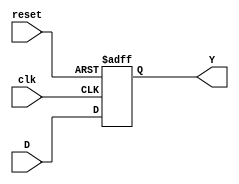


module FLIP (input clk, reset, D,
            output reg Y);
        always @ (posedge clk or posedge reset)begin
            if (reset) begin
                Y <= 1'b0;
            end
            else begin
                Y <= D;
            end
        end
endmodule


//Ejercicio 1

module ejercicio1(input A, B, clk, reset, output wire Y, output wire [1:0] S02, S12);
        wire S0, S1, S01, S11;
        assign S01 = (~S1 & ~S0 & A);
        assign S11 = (S0 & B) | (S1 & A & B);
        FLIP U1(clk, reset, S01, S0);
        FLIP U2(clk, reset, S11, S1);
        assign Y = (S1 & ~S0 & A & B);
        assign S02 = {S1 , S0};
        assign S12 = {S11, S01};

endmodule


//Ejercicio 3

module ejercicio3(input A, clk, reset, output wire Y1, Y2, Y3, output wire [2:0] S02, S12);
    wire S0, S1, S2, S00, S11, S22;

    assign S22 = (S2 & S1 & ~A) | (S2 & ~S0 & A) | (S2 & ~S1 & S0) | (~S2 & ~S1 & S0 & ~A) | (~S2 & S1 & S0 & A);
    assign S11 = (~S1 & ~S0 & ~A) | (S1 & S0 & ~A) | (S1 & ~S0 & A) | (~S1 & S0 & A);
    assign S00 = ~S0;

    FLIP U3(clk, reset, S22, S2);
    FLIP U4(clk, reset, S11, S1);
    FLIP U5(clk, reset, S00, S0);

    assign Y1 = S2;
    assign Y2 = (S2 & ~S1) | (~S2 & S1);
    assign Y3 = (S1 & ~S0) | (~S1 & S0);
    assign S02= {S2, S1, S0};
    assign S12= {S22, S11, S00};

endmodule